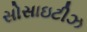
સોસાઇટીઝ